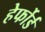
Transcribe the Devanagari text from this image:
हेर्फोर्ड